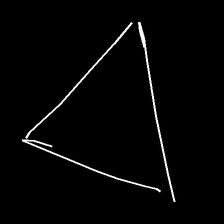
Glyph: convergence